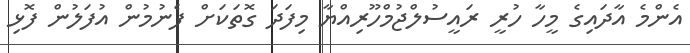
އެންމެ އާދައިގެ މީހާ ހުރީ ރައީސުލްޖުމްހޫރިއްޔާ މިފަދަ ގޮތަކަށް ފެނުމުން އުފަލުން ފޮޅި